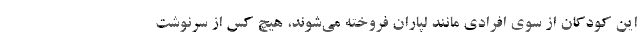
این کودکان از سوی افرادی مانند لپاران فروخته می‌شوند، هیچ کس از سرنوشت